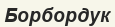
Борбордук